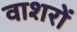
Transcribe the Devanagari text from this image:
वाशरों